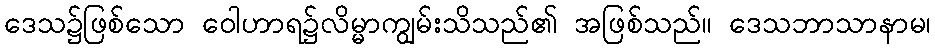
ဒေသ၌ဖြစ်သော ဝေါဟာရ၌လိမ္မာကျွမ်းသိသည်၏ အဖြစ်သည်။ ဒေသဘာသာနာမ၊